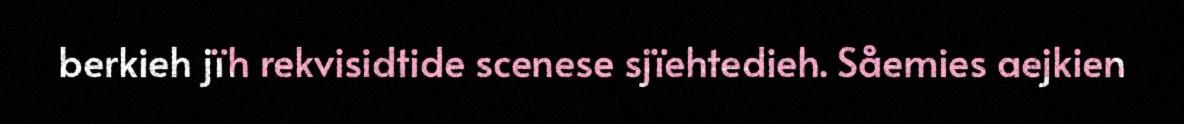
berkieh jïh rekvisidtide scenese sjïehtedieh. Såemies aejkien